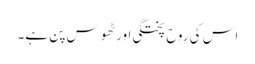
اس کی روح پختگی اور ٹھوس پن ہے۔